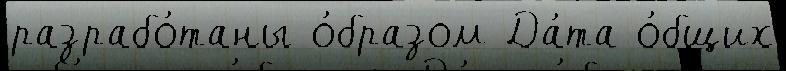
разрабо́таны о́бразом Да́та о́бщих